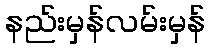
နည်းမှန်လမ်းမှန်